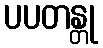
ပပတန္တု